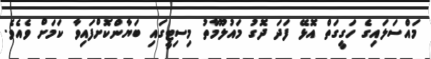
މައްސަލައިގެ ހަގީގަތް އޮޅޭ ފަދަ ދޮގު މައުލޫމާތު މިސިޓީގައި ބަޔާންކޮށްފައިވާ ކަމަށް ވެއެވެ.